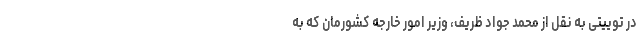
در توییتی به نقل از محمد جواد ظریف، وزیر امور خارجه کشورمان که به